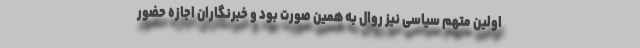
اولین متهم سیاسی نیز روال به همین صورت بود و خبرنگاران اجازه حضور